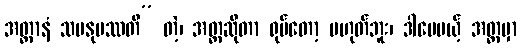
အတ္တာနံ သမနုပဿတိ” တဲ့၊ အတ္တဆိုတာ ရုပ်တော့ မဟုတ်ဘူး၊ ဒါပေမယ့် အတ္တမှာ